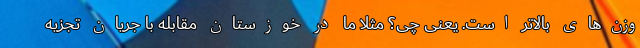
وزن‌های بالاتر است. یعنی چی؟ مثلا ما در خوزستان مقابله با جریان تجزیه